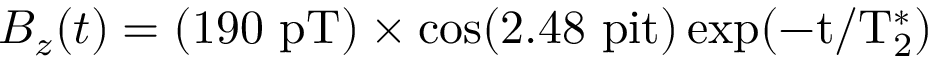
B _ { z } ( t ) = ( 1 9 0 \, \, \mathrm { p T ) \times \cos ( 2 . 4 8 \ p i t ) \exp ( - t / T _ { 2 } ^ { \ast } ) }